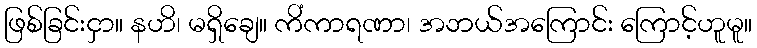
ဖြစ်ခြင်းငှာ။ နဟိ၊ မရှိချေ။ ကိံကာရဏာ၊ အဘယ်အကြောင်း ကြောင့်ဟူမူ။